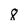
Character: 8